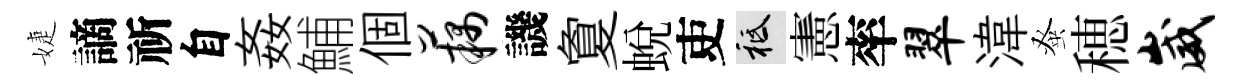
婕謫祈自姦鯆個藕譏夐蜕吏祇憲率翠湋𫊫穂崴